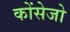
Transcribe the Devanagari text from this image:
कोंसेजो